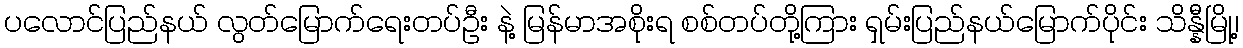
ပလောင်ပြည်နယ် လွတ်မြောက်ရေးတပ်ဦး နဲ့ မြန်မာအစိုးရ စစ်တပ်တို့ကြား ရှမ်းပြည်နယ်မြောက်ပိုင်း သိန္နီမြို့၊